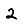
Digit: 2